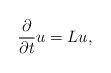
LaTeX: \begin{align*}\frac{\partial}{\partial t}u=Lu,\end{align*}